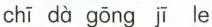
chī dà gōng jī le